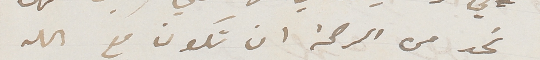
تجد من الرحمة ان تكون مع الله